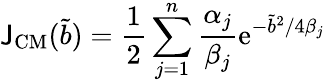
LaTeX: {\cal\mathsf{J}}_{\mathrm{{CM}}}(\tilde{{b}})={\frac{{1}}{{2}}}\sum_{j=1}^{n}{\frac{{\alpha_{j}}}{{\beta_{j}}}}\mathrm{{e}}^{-{\tilde{{b}}}^{2}/4\beta_{j}}~